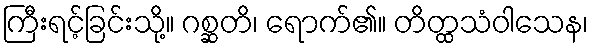
ကြီးရင့်ခြင်းသို့။ ဂစ္ဆတိ၊ ရောက်၏။ တိတ္ထသံဝါသေန၊